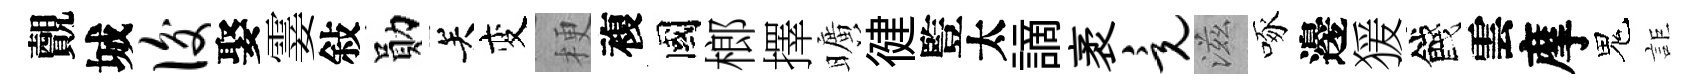
覿城后娶霎敍勛关变梗複國榔擇曠徤䜿太謫袤竟滋啄邊猨餞雲摩鬼詎